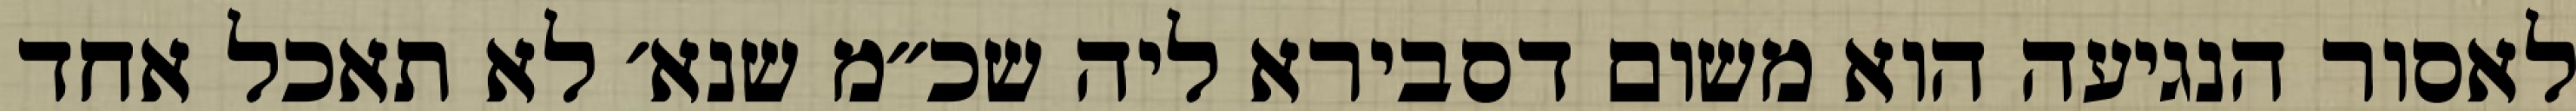
לאסור הנגיעה הוא משום דסבירא ליה שכ״מ שנא׳ לא תאכל אחד